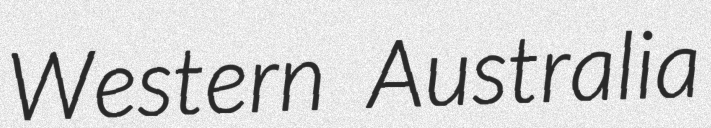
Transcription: Western Australia